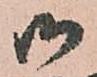
御